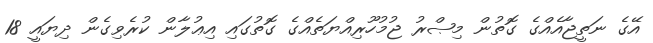
އޭގެ ނަތީޖާއެއްގެ ގޮތުން މިޞްރު ޖުމުހޫރިއްޔަތެއްގެ ގޮތުގައި އިޢުލާން ކުރެވިގެން ދިޔައީ 18